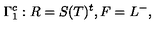
\Gamma _ { 1 } ^ { c } : R = S ( T ) ^ { t } , F = L ^ { - } ,